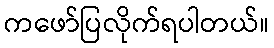
ကဖော်ပြလိုက်ရပါတယ်။